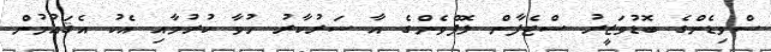
ސްވިޑެންގެ ބޮޑުވަޒީރު ސްޓެފާން ލޮފްވެންގެ އާ ސަރުކާރު ހުވާ ކުރުމާއި އެކު އެޤައުމުން